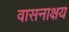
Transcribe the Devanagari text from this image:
वासनाक्षय